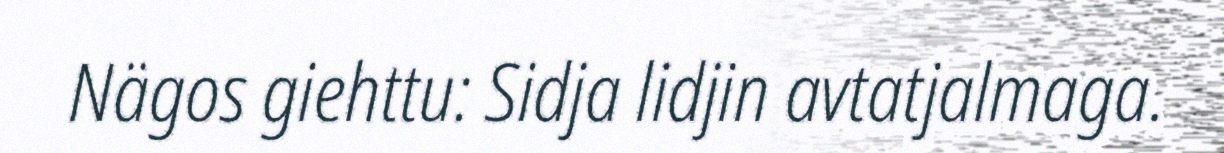
Nägos giehttu: Sidja lidjin avtatjalmaga.